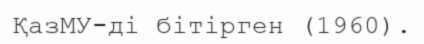
ҚазМУ-ді бітірген (1960).